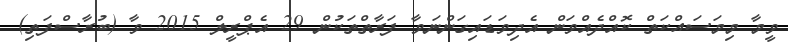
ވީމާ މިމަސައްކަތް ކޮއްދެއްވަން އެދިވަޑައިގަންނަވާ ފަރާތްތަކުން 29 އެޕްރީލް 2015 ވާ (ބުރާސްފަތި)